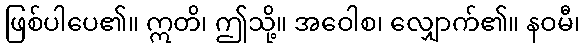
ဖြစ်ပါပေ၏။ ဣတိ၊ ဤသို့။ အဝေါစ၊ လျှောက်၏။ နဝမီ၊